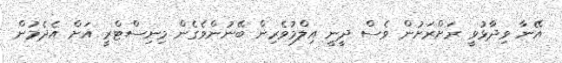
އޭނާ ވިދާޅުވީ ރަށްރަށުން ވެސް ދީނީ އިލްމުވެރިން ބޭނުންވެގެން މިނިސްޓްރީ އަށް އެދެމުން